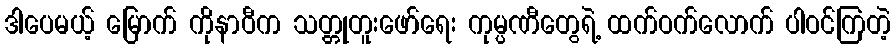
ဒါပေမယ့် မြောက် ကိုနာဝီက သတ္တုတူးဖော်ရေး ကုမ္ပဏီတွေရဲ့ ထက်ဝက်လောက် ပါဝင်ကြတဲ့